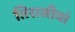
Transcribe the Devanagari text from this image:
तिरासीवां